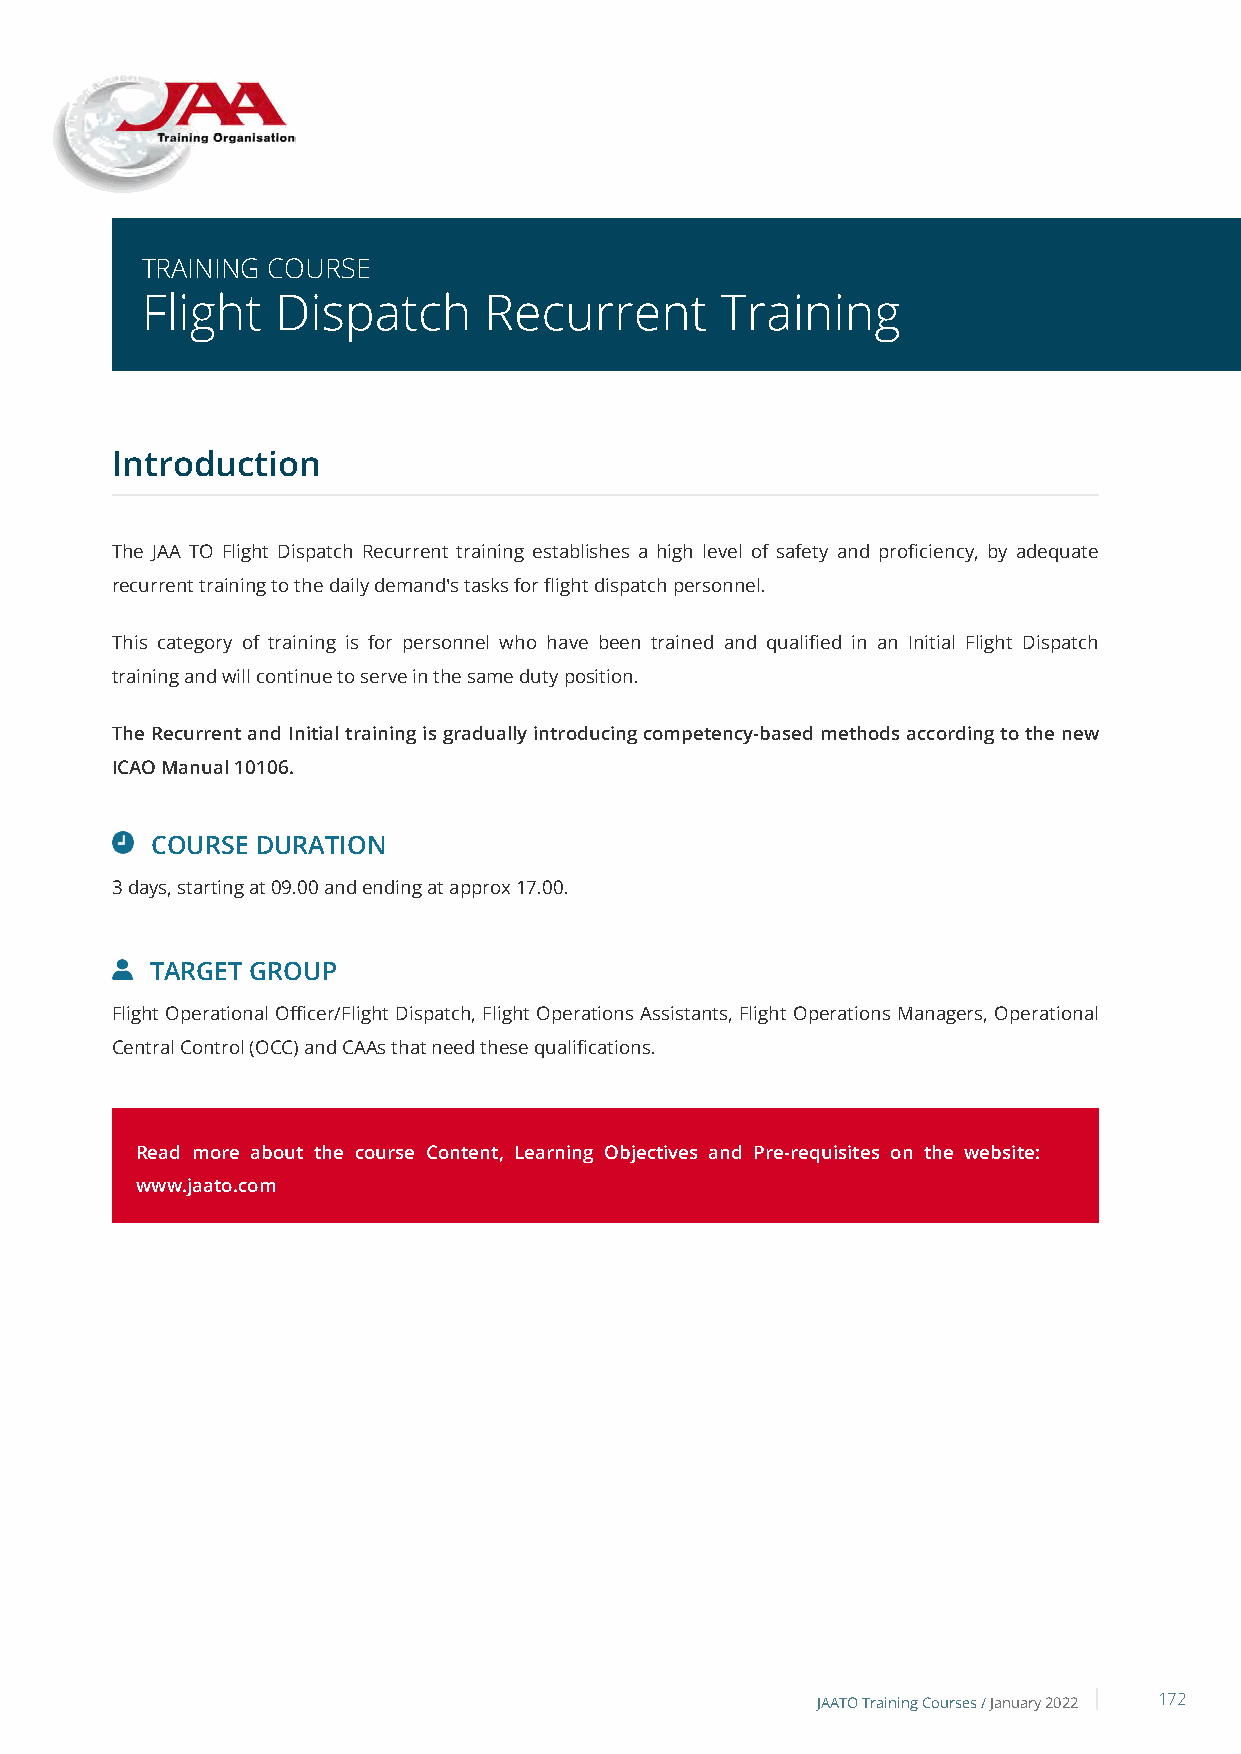
TRAINING COURSE
 Flight   Dispatch      Recurrent       Training
 Introduction
 The JAA TO Flight Dispatch Recurrent training establishes a high level of safety and proficiency, by adequate
 recurrent training to the daily demand's tasks for flight dispatch personnel.
 This category of training is for personnel who have been trained and qualified in an Initial Flight Dispatch
 training and will continue to serve in the same duty position.
 The Recurrent and Initial training is gradually introducing competency-based methods according to the new
 ICAO Manual 10106.
 COURSE DURATION
 3 days, starting at 09.00 and ending at approx 17.00.
 TARGET GROUP
 Flight Operational Officer/Flight Dispatch, Flight Operations Assistants, Flight Operations Managers, Operational
 Central Control (OCC) and CAAs that need these qualifications.
 Read more about the course Content, Learning Objectives and Pre-requisites on the website:
 www.jaato.com
 JAATO Training Courses /January 2022 172